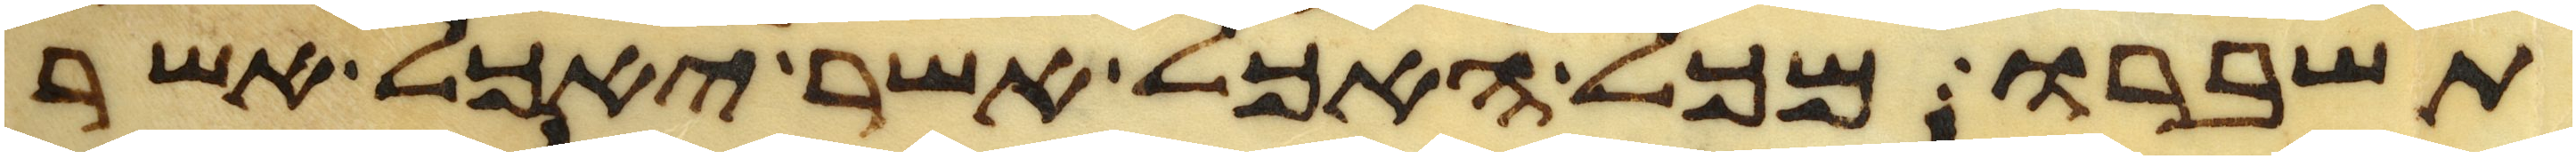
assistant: תשברו מכל האכל אשר יאכל אשר